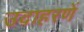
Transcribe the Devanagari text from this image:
उदाहरणें